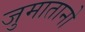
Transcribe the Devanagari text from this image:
जुमातानो